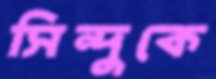
সিন্দুকে